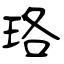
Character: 珞